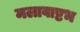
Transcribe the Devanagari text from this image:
मलावाष्टभ